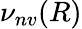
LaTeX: \nu_{nv}(R)